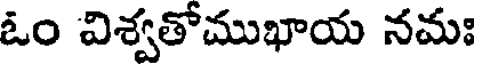
ఓం విశ్వతోముఖాయ నమః